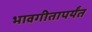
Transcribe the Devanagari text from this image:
भावगीतापर्यंत